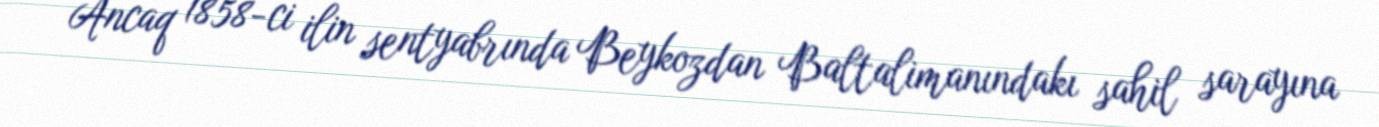
Ancaq 1858-ci ilin sentyabrında Beykozdan Baltalimanındakı sahil sarayına